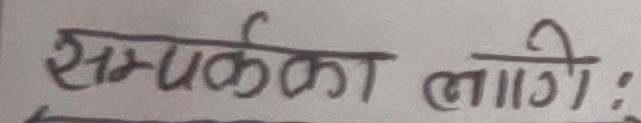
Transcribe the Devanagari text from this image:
सम्पर्कका लागि :